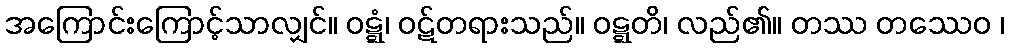
အကြောင်းကြောင့်သာလျှင်။ ဝဋ္ဋံ၊ ဝဋ်တရားသည်။ ဝဋ္ဋတိ၊ လည်၏။ တဿ တဿေဝ ၊